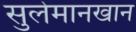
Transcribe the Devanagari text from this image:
सुलेमानखान